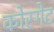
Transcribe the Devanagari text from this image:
कोरगेट